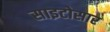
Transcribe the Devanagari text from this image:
साइटोसार